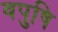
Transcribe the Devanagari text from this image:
वपुषि